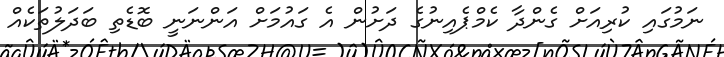
ނަމުގައި ކުރިއަށް ގެންދާ ކެމްޕެއިނުގެ ދަށުން އެ ގައުމަށް އަންނަނީ ބޮޑެތި ބަދަލުތަކެއް